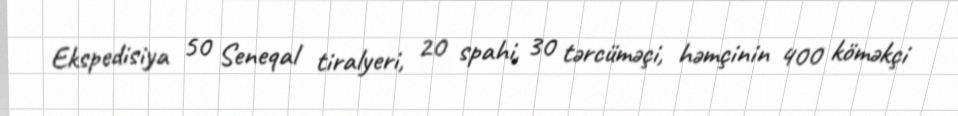
Ekspedisiya 50 Seneqal tiralyeri, 20 spahi, 30 tərcüməçi, həmçinin 400 köməkçi